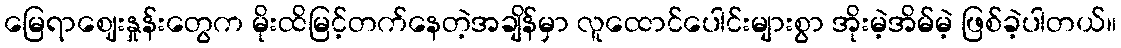
မြေရာဈေးနှုန်းတွေက မိုးထိမြင့်တက်နေတဲ့အချိန်မှာ လူထောင်ပေါင်းများစွာ အိုးမဲ့အိမ်မဲ့ ဖြစ်ခဲ့ပါတယ်။